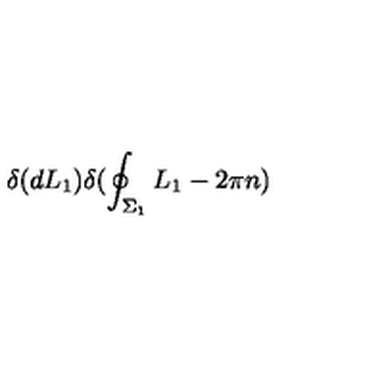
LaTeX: \delta ( d L _ { 1 } ) \delta ( \oint _ { \Sigma _ { 1 } } L _ { 1 } - 2 \pi n )